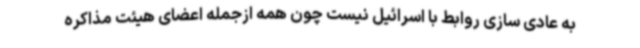
به عادی سازی روابط با اسرائیل نیست چون همه ازجمله اعضای هیئت مذاکره